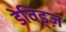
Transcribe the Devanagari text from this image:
डेविड्ज़